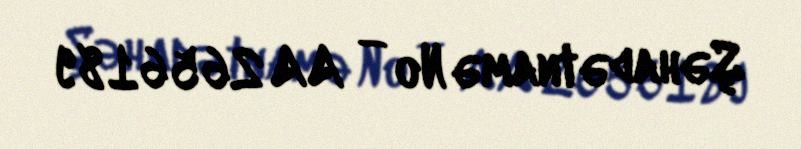
Şəhadətnamə № — AA 2656189